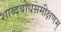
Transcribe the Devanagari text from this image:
शाब्दबोधसमीक्षणम्